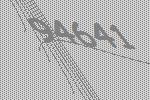
94641